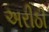
અરીઠી